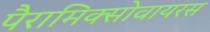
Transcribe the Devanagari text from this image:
पैरामिक्सोवायरस